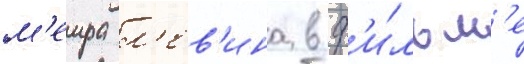
м'еира л'ев'ина в ф'и́льм'е